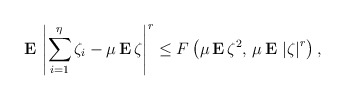
\begin{align*}{\bf E\,}\left| \sum_{i=1}^{\eta }\zeta _{i}-\mu \,{\bf E\,}\zeta \right|^{r}\leq F\left( \mu \,{\bf E\,}\zeta ^{2},{\bf \,}\mu {\bf \,E\,}\left|\zeta \right| ^{r}\right) , \end{align*}